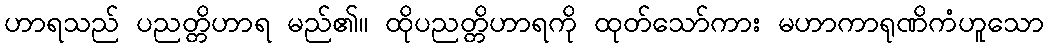
ဟာရသည် ပညတ္တိဟာရ မည်၏။ ထိုပညတ္တိဟာရကို ထုတ်သော်ကား မဟာကာရုဏိကံဟူသော